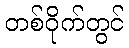
တစ်ဝိုက်တွင်